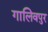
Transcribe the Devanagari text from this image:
गालिवपुर